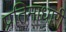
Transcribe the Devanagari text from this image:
प्रतिमाधारी